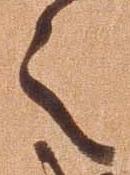
之